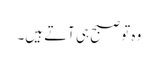
وہ تو صبح ہی آتے ہیں۔